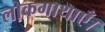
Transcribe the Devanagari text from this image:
लोकगाथाएँ।